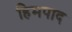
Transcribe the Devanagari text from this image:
हिमपाद